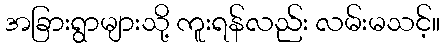
အခြားရွာများသို့ ကူးရန်လည်း လမ်းမသင့်။